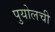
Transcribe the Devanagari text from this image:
पुयोलची